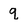
Character: q